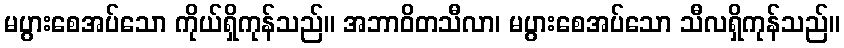
မပွားစေအပ်သော ကိုယ်ရှိကုန်သည်။ အဘာဝိတသီလာ၊ မပွားစေအပ်သော သီလရှိကုန်သည်။